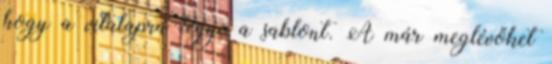
hogy a vitalapra tegye a sablont. A már meglévőket